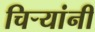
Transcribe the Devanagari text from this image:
चिर्‍यांनी